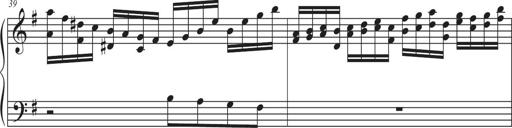
Title: Sonatina Espania
Composer: Jerald Franklin Archer
Key: Various